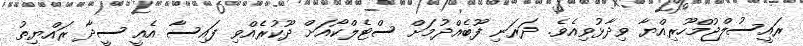
ރައީސުލްޖުމްހޫރިއްޔާ ވިދާޅުވިއެވެ. ދަރަނި ފޫބެއްދުމަށް ސްޓެލްކޯއަށް ދޫކުރެއްވި ފައިސާ އެއީ ސީދާ ރައްޔިތު